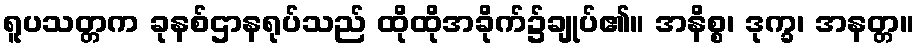
ရူပသတ္တက ခုနစ်ဌာနရုပ်သည် ထိုထိုအခိုက်၌ချုပ်၏။ အနိစ္စ၊ ဒုက္ခ၊ အနတ္တ။